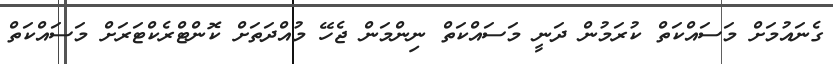
ގެނައުމަށް މަސައްކަތް ކުރަމުން ދަނީ މަސައްކަތް ނިންމަން ޖެހޭ މުއްދަތަށް ކޮންޓްރެކްޓަރަށް މަސައްކަތް